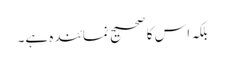
بلکہ اس کا صحیح نمائندہ ہے۔